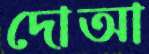
দোআ